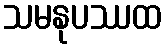
သမနုပဿထ